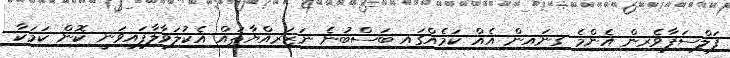
ފަލްސަފާވެރިން އެންމެ ގިނައިން އެއް ކަމެއްގައި ބަސްބުނެ ނަޒަރިއްޔާތައް އެކުލަވާލާފައިވަނީ ކޮން ކަމަކާ